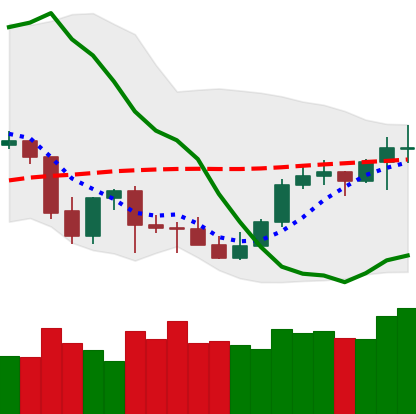
Ticker: LTC-USD
Chart end date: 2021-10-07
Forward return: -3.342%
Label: down_3_5